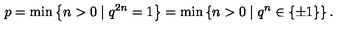
p = \min \left\{ n > 0 \mid q ^ { 2 n } = 1 \right\} = \min \left\{ n > 0 \mid q ^ { n } \in \{ \pm 1 \} \right\} .